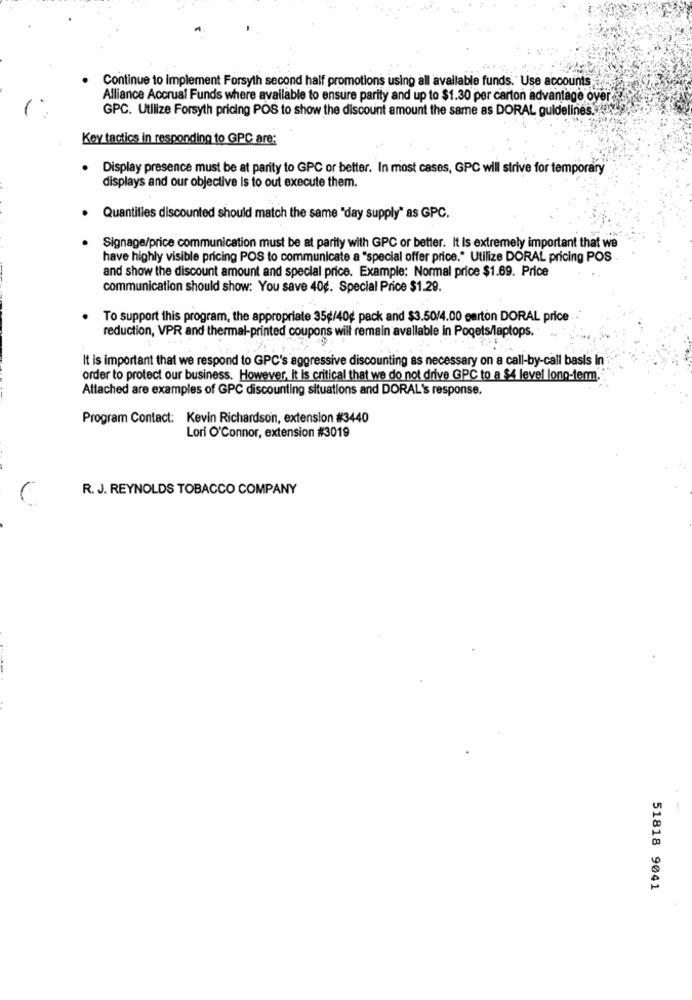
Continue to implement Forsyth second half promotions using all available funds.' Use accounts
Alliance Accrual Funds where available to ensure parity and up to $1.30 per carton advantage over
GPC. Utilize Forsyth pricing POS to show the discount amount the same as DORAL guidelines.
Key tactics in responding to GPC are:
. Display presence must be at parity to GPC or better. In most cases, GPC will strive for temporary
displays and our objective is to out execute them.
.
Quantities discounted should match the same "day supply" as GPC.
Signage/price communication must be at parity with GPC or better. It is extremely important that we
have highly visible pricing POS to communicate a "special offer price." Utilize DORAL pricing POS .
and show the discount amount and special price. Example: Normal price $1.69. Price
communication should show: You save 40¢. Special Price $1.29.
To support this program, the appropriate 35g/40g pack and $3.50/4.00 earton DORAL price .
reduction, VPR and thermal-printed coupons will remain avallable in Pogets/laptops.
It is important that we respond to GPC's aggressive discounting as necessary on a call-by-call basis In
order to protect our business. However, it is critical that we do not drive GPC to a $4 level long-term
Attached are examples of GPC discounting situations and DORAL's response.
Program Contact: Kevin Richardson, extension #3440
Lori O'Connor, extension #3019
R. J. REYNOLDS TOBACCO COMPANY
51818 9041